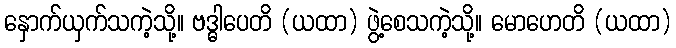
နှောက်ယှက်သကဲ့သို့။ ဗဒ္ဓါပေတိ (ယထာ) ဖွဲ့စေသကဲ့သို့။ မောဟေတိ (ယထာ)